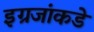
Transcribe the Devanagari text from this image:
इग्रजांकडे